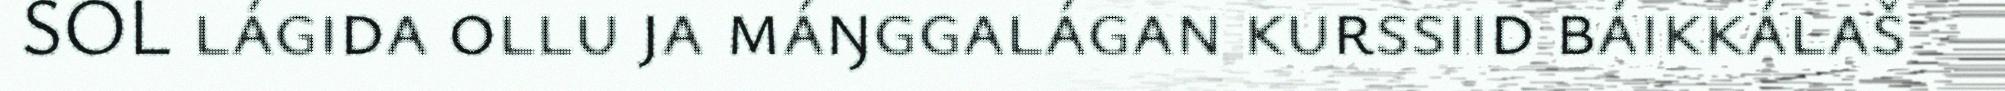
SOL lágida ollu ja máŋggalágan kurssiid báikkálaš